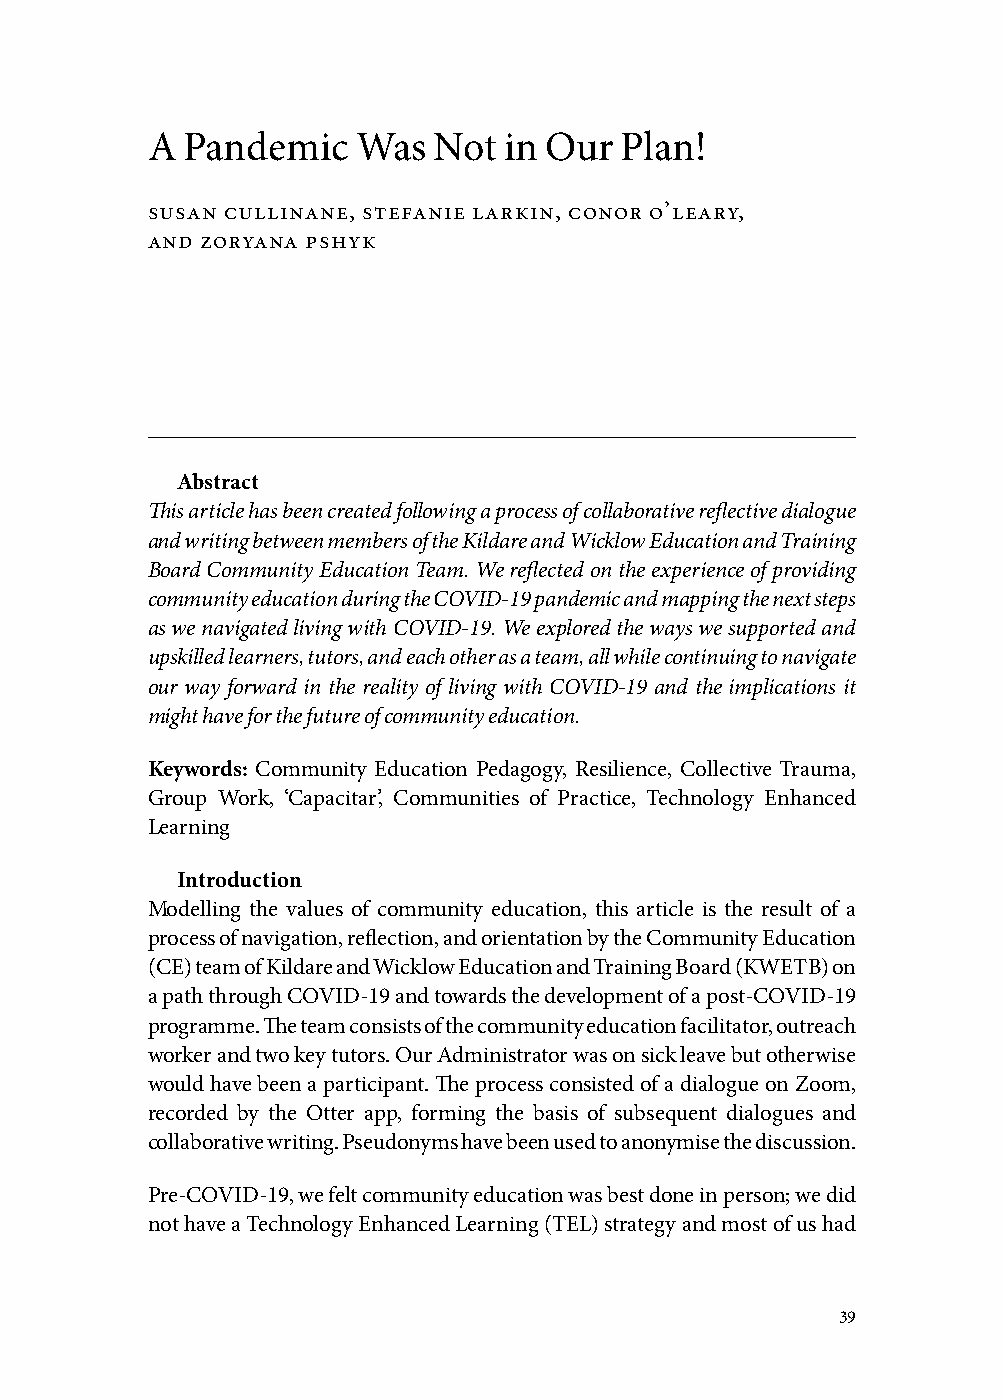
A Pandemic    Was  Not in Our  Plan!
 susan cullinane, stefanie larkin, conor o’leary,
 and zoryana pshyk
 Abstract
 This article has been created following a process of collaborative reflective dialogue
 and writing between members of the Kildare and Wicklow Education and Training
 Board Community Education Team. We reflected on the experience of providing
 community education during the COVID-19 pandemic and mapping the next steps
 as we navigated living with COVID-19. We explored the ways we supported and
 upskilled learners, tutors, and each other as a team, all while continuing to navigate
 our way forward in the reality of living with COVID-19 and the implications it
 might have for the future of community education.
 Keywords: Community Education Pedagogy, Resilience, Collective Trauma,
 Group Work, ‘Capacitar’, Communities of Practice, Technology Enhanced
 Learning
 Introduction
 Modelling the values of community education, this article is the result of a
 process of navigation, reflection, and orientation by the Community Education
 (CE) team of Kildare and Wicklow Education and Training Board (KWETB) on
 a path through COVID-19 and towards the development of a post-COVID-19
 programme. The team consists of the community education facilitator, outreach
 worker and two key tutors. Our Administrator was on sick leave but otherwise
 would have been a participant. The process consisted of a dialogue on Zoom,
 recorded by the Otter app, forming the basis of subsequent dialogues and
 collaborative writing. Pseudonyms have been used to anonymise the discussion.
 Pre-COVID-19, we felt community education was best done in person; we did
 not have a Technology Enhanced Learning (TEL) strategy and most of us had
 39